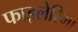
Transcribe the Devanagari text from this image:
फाइलेरिमा